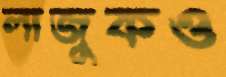
লাজুকও